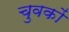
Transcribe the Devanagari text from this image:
चुवकों